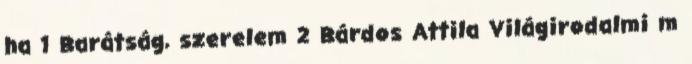
ha 1 Barátság, szerelem 2 Bárdos Attila Világirodalmi m